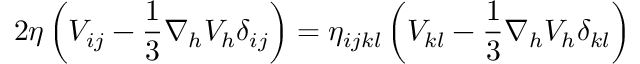
2 \eta \left( V _ { i j } - \frac { 1 } { 3 } \nabla _ { h } V _ { h } \delta _ { i j } \right) = \eta _ { i j k l } \left( V _ { k l } - \frac { 1 } { 3 } \nabla _ { h } V _ { h } \delta _ { k l } \right)